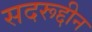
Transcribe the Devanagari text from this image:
सदरूद्दीन